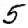
Digit: 5